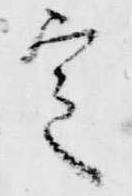
定